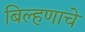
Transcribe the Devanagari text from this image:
बिल्हणाचे